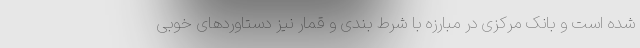
شده است و بانک مرکزی در مبارزه با شرط بندی و قمار نیز دستاوردهای خوبی